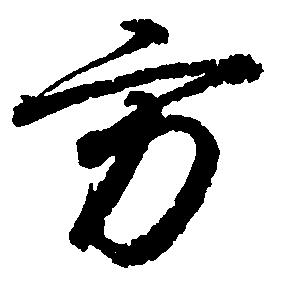
方